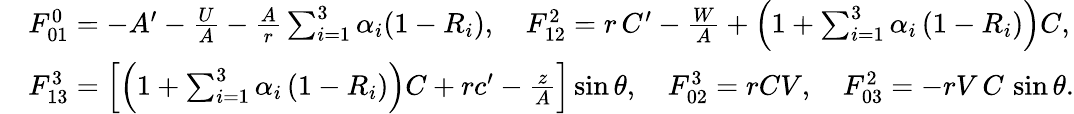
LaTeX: \begin{array}{rl}&{F_{01}^{0}=-A^{\prime}-\frac{U}{A}-\frac{A}{r}\sum_{i=1}^{3}\alpha_{i}(1-R_{i}),\quad F_{12}^{2}=r\, C^{\prime}-\frac{W}{A}+\left(1+\sum_{i=1}^{3}\alpha_{i}\left(1-R_{i}\right)\right)C,}\\ &{F_{13}^{3}=\left[\left(1+\sum_{i=1}^{3}\alpha_{i}\left(1-R_{i}\right)\right)C+rc^{\prime}-\frac{z}{A}\right]\sin\theta,\quad F_{02}^{3}=rCV,\quad F_{03}^{2}=-rV\, C\, \sin\theta.}\end{array}